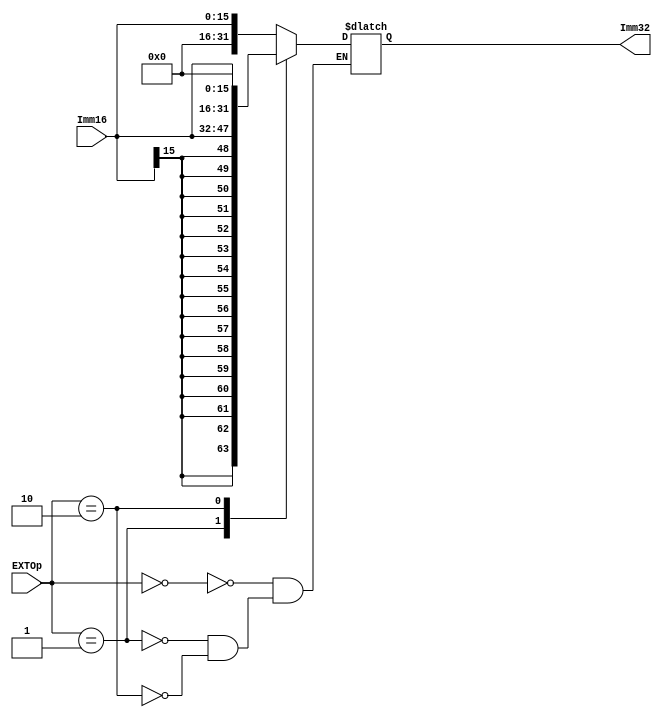
module EXT( Imm16, EXTOp, Imm32 );
    
   input  [15:0] Imm16;
   input  [1:0]  EXTOp;
   output [31:0] Imm32;
   
   reg [31:0] Imm32;
    
   always @(*) begin
      case (EXTOp)
         2'b00:    Imm32 = {16'd0, Imm16};
         2'b01:  Imm32 = {{16{Imm16[15]}}, Imm16};
         2'b10: Imm32 = {Imm16, 16'd0};
         //default: ;
      endcase
   end 
    
endmodule